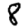
Digit: 8